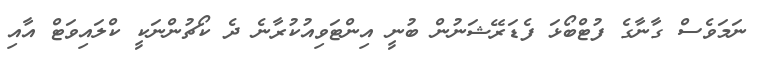
ނަމަވެސް ގާނާގެ ފުޓްބޯޅަ ފެޑަރޭޝަނުން ބުނީ އިންޓަވިއުކުރާނެ ދެ ކޯޗުންނަކީ ކްލައިވަޓް އާއި